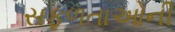
સફળતાઓની